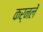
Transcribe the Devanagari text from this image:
कर्नलें